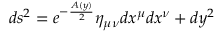
d s ^ { 2 } = e ^ { - \frac { A ( y ) } { 2 } } \eta _ { \mu \nu } d x ^ { \mu } d x ^ { \nu } + d y ^ { 2 }